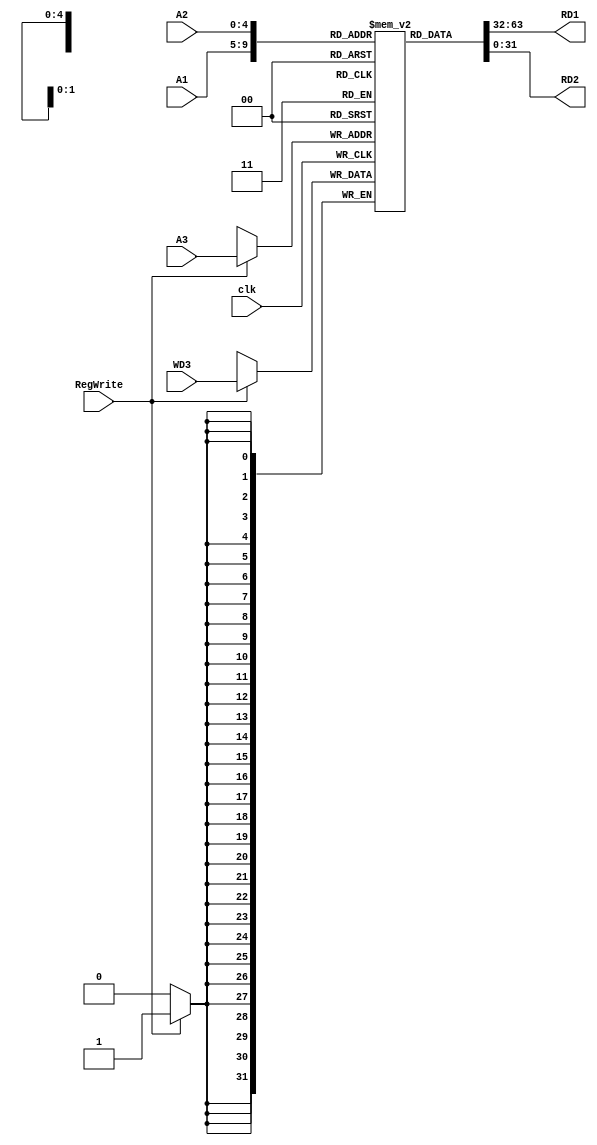
`timescale 1ns / 1ps
//////////////////////////////////////////////////////////////////////////////////
// Company: 
// Engineer: 
// 
// Design Name: 
// Module Name:    RegisterFile 
// Project Name: 
// Target Devices: 
// Tool versions: 
// Description: 
//
// Dependencies: 
//
// Revision: 
// Revision 0.01 - File Created
// Additional Comments: 
//
//////////////////////////////////////////////////////////////////////////////////
module RegisterFile( input clk, 
							input RegWrite, 
							input [4:0] A1, 
							input [4:0] A2,
							input [4:0] A3, 
							input [31:0] WD3, 
							output [31:0] RD1, 
							output [31:0] RD2 );
	
	reg [31:0] registers [31:0];
	
	// Initialize file to 0s. 
	initial begin 
	registers[0] = 32'h00000000;
	registers[1] = 32'h00000000;
	registers[2] = 32'h00000000;
	registers[3] = 32'h00000000;
	registers[4] = 32'h00000000;
	registers[5] = 23;
	registers[6] = 32'h00000000;
	registers[7] = 32'h00000000;
	registers[8] = 32'h00000000;
	registers[9] = 32'h00000000;
	registers[10] = 32'h00000000;
	registers[11] = 32'h00000000;
	registers[12] = 32'h00000000;
	registers[13] = 32'h00000000;
	registers[14] = 32'h00000000;
	registers[15] = 32'h00000000;
	registers[16] = 32'h00000000;
	registers[17] = 32'h00000000;
	registers[18] = 32'h00000000;
	registers[19] = 32'h00000000;
	registers[20] = 32'h00000000;
	registers[21] = 32'h00000000;
	registers[22] = 32'h00000000;
	registers[23] = 32'h00000000;
	registers[24] = 32'h00000000;
	registers[25] = 32'h00000000;
	registers[26] = 32'h00000000;
	registers[27] = 32'h00000000;
	registers[28] = 32'h00000000;
	registers[29] = 32'h00000000;
	registers[30] = 32'h00000000;
	registers[31] = 32'h00000000;

	
	end 
	// Writes into the register file happen if RegWrite enable = 1. 
	// Updates after posedge of clk.
	always @(posedge clk) begin
		if (RegWrite) begin
			registers[A3] <= WD3;
		end
	end
	
	// Assign the base address to RD1. 
	assign RD1 = registers[A1];
	
	// Assign value of register at A2 to RD2.
	assign RD2 = registers[A2];
	
	
endmodule